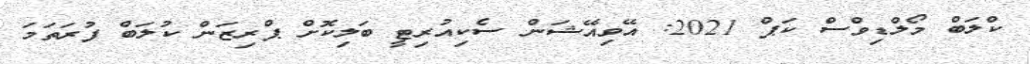
ކްލަބް މޯލްޑިވްސް ކަޕް 2021: އޭވިއޭޝަން ސެކިއުރިޓީ ބަލިކޮށް ޕްރިޒަން ކުލަބް ފުރަތަމަ